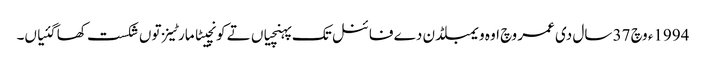
1994ء وچ 37 سال د‏‏ی عمر وچ اوہ ویمبلڈن دے فائنل تک پہنچیاں تے کونچیٹا مارٹینز تو‏ں شکست کھا گئیاں۔